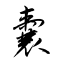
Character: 嚢